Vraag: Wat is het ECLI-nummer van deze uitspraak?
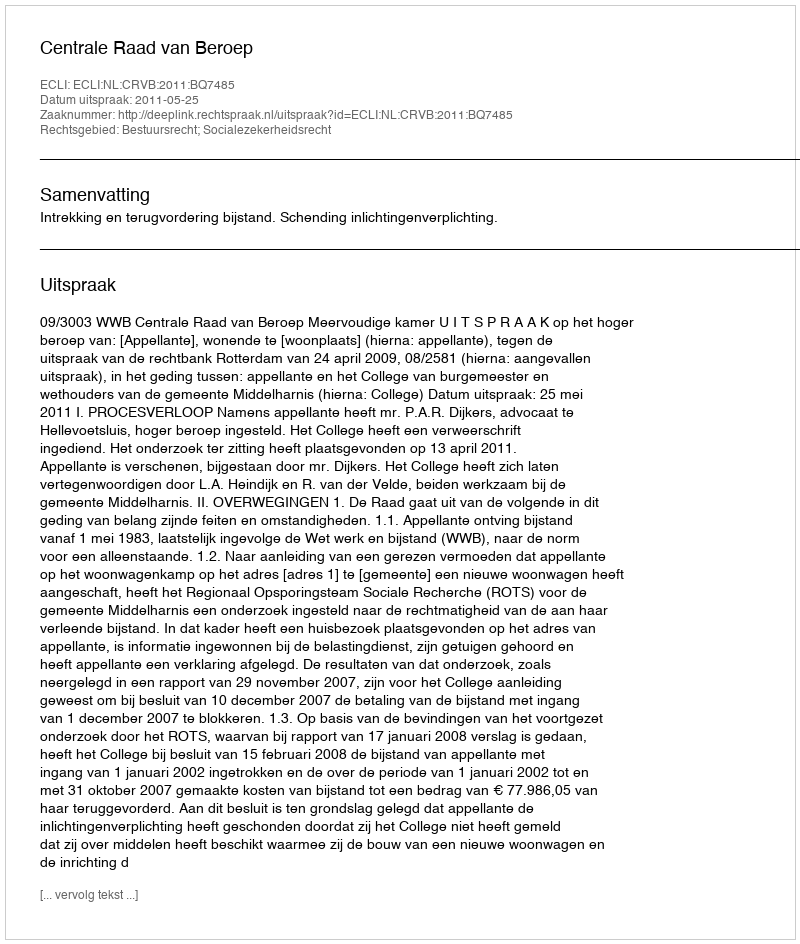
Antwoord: ECLI:NL:CRVB:2011:BQ7485